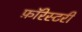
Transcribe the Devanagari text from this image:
फ़ॉरेस्टरी